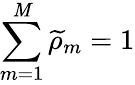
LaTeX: \sum_{m=1}^{\mathit{M}}\widetilde{{\rho}}_{m}=1